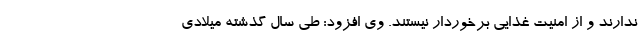
ندارند و از امنیت غذایی برخوردار نیستند. وی افزود: طی سال گذشته میلادی